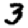
Digit: 3